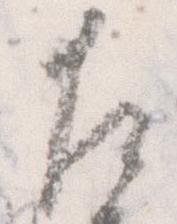
左